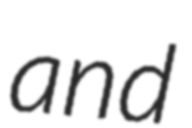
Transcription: and